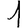
Digit: 1